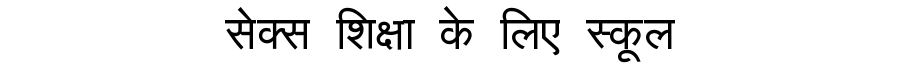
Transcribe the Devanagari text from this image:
सेक्स शिक्षा के लिए स्कूल